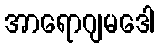
အာရောဂျမဒေါ